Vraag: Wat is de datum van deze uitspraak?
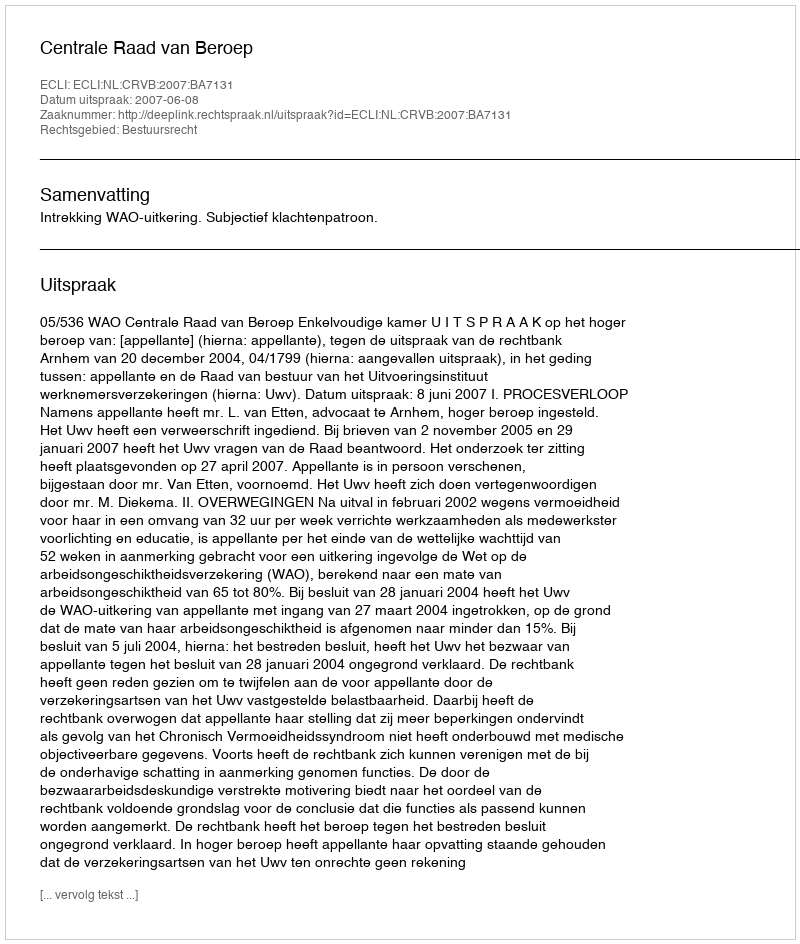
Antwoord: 2007-06-08